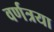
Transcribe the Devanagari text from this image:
वर्णत्रया